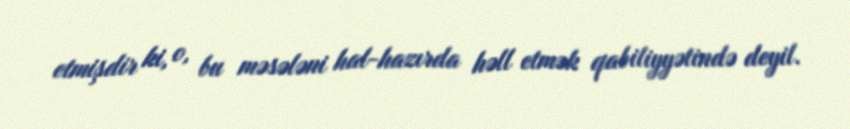
etmişdir ki, o, bu məsələni hal-hazırda həll etmək qabiliyyətində deyil.